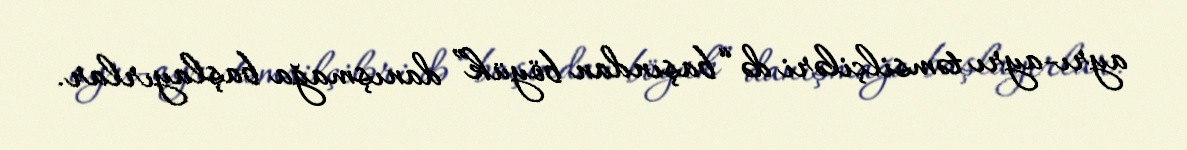
ayrı-ayrı təmsilçiləri də “başından böyük” danışmağa başlayırlar.